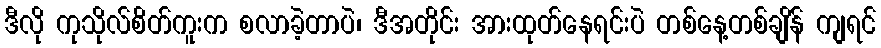
ဒီလို ကုသိုလ်စိတ်ကူးက စလာခဲ့တာပဲ၊ ဒီအတိုင်း အားထုတ်နေရင်းပဲ တစ်နေ့တစ်ချိန် ကျရင်